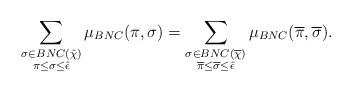
LaTeX: \begin{align*}\sum_{\substack{\sigma\in BNC(\hat{\chi})\\ \pi\leq\sigma\leq \hat{\epsilon}}} \mu_{BNC}(\pi, \sigma) = \sum_{\substack{\sigma\in BNC(\overline{\chi})\\ \overline{\pi}\leq\overline{\sigma}\leq \hat{\epsilon}}} \mu_{BNC}(\overline{\pi}, \overline{\sigma}).\end{align*}